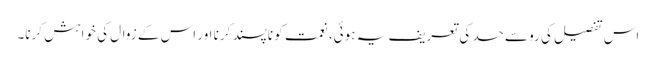
اس تفصیل کی رو سے حسد کی تعریف یہ ہوئی، نعمت کو ناپسند کرنا اور اس کے زوال کی خواہش کرنا۔